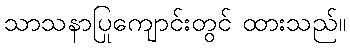
သာသနာပြုကျောင်းတွင် ထားသည်။